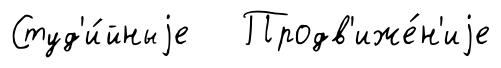
Студ'и́йныjе Продв'иже́н'иjе